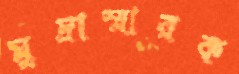
মুদ্রাস্মারক